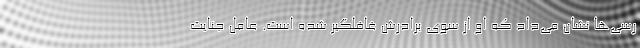
رسی‌ها نشان می‌داد که او از سوی برادرش غافلگیر شده است. عامل جنایت